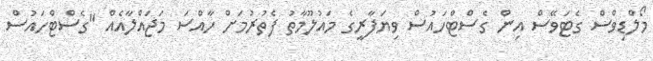
މޯލްޑިވްސް ގެޓަވޭސް އިން ގެސްޓްހައުސް ވިޔަފާރީގެ މައުލޫމާތު ފެތުރުމަށް ހާއްސަ މަޖައްލާއެއް "ގެސްޓްހައުސް